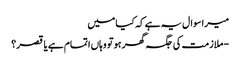
میرا سوال یہ ہے کہ کیا میں
- ملازمت کی جگہ گھر ہو تو وہاں اتمام ہے یا قصر؟